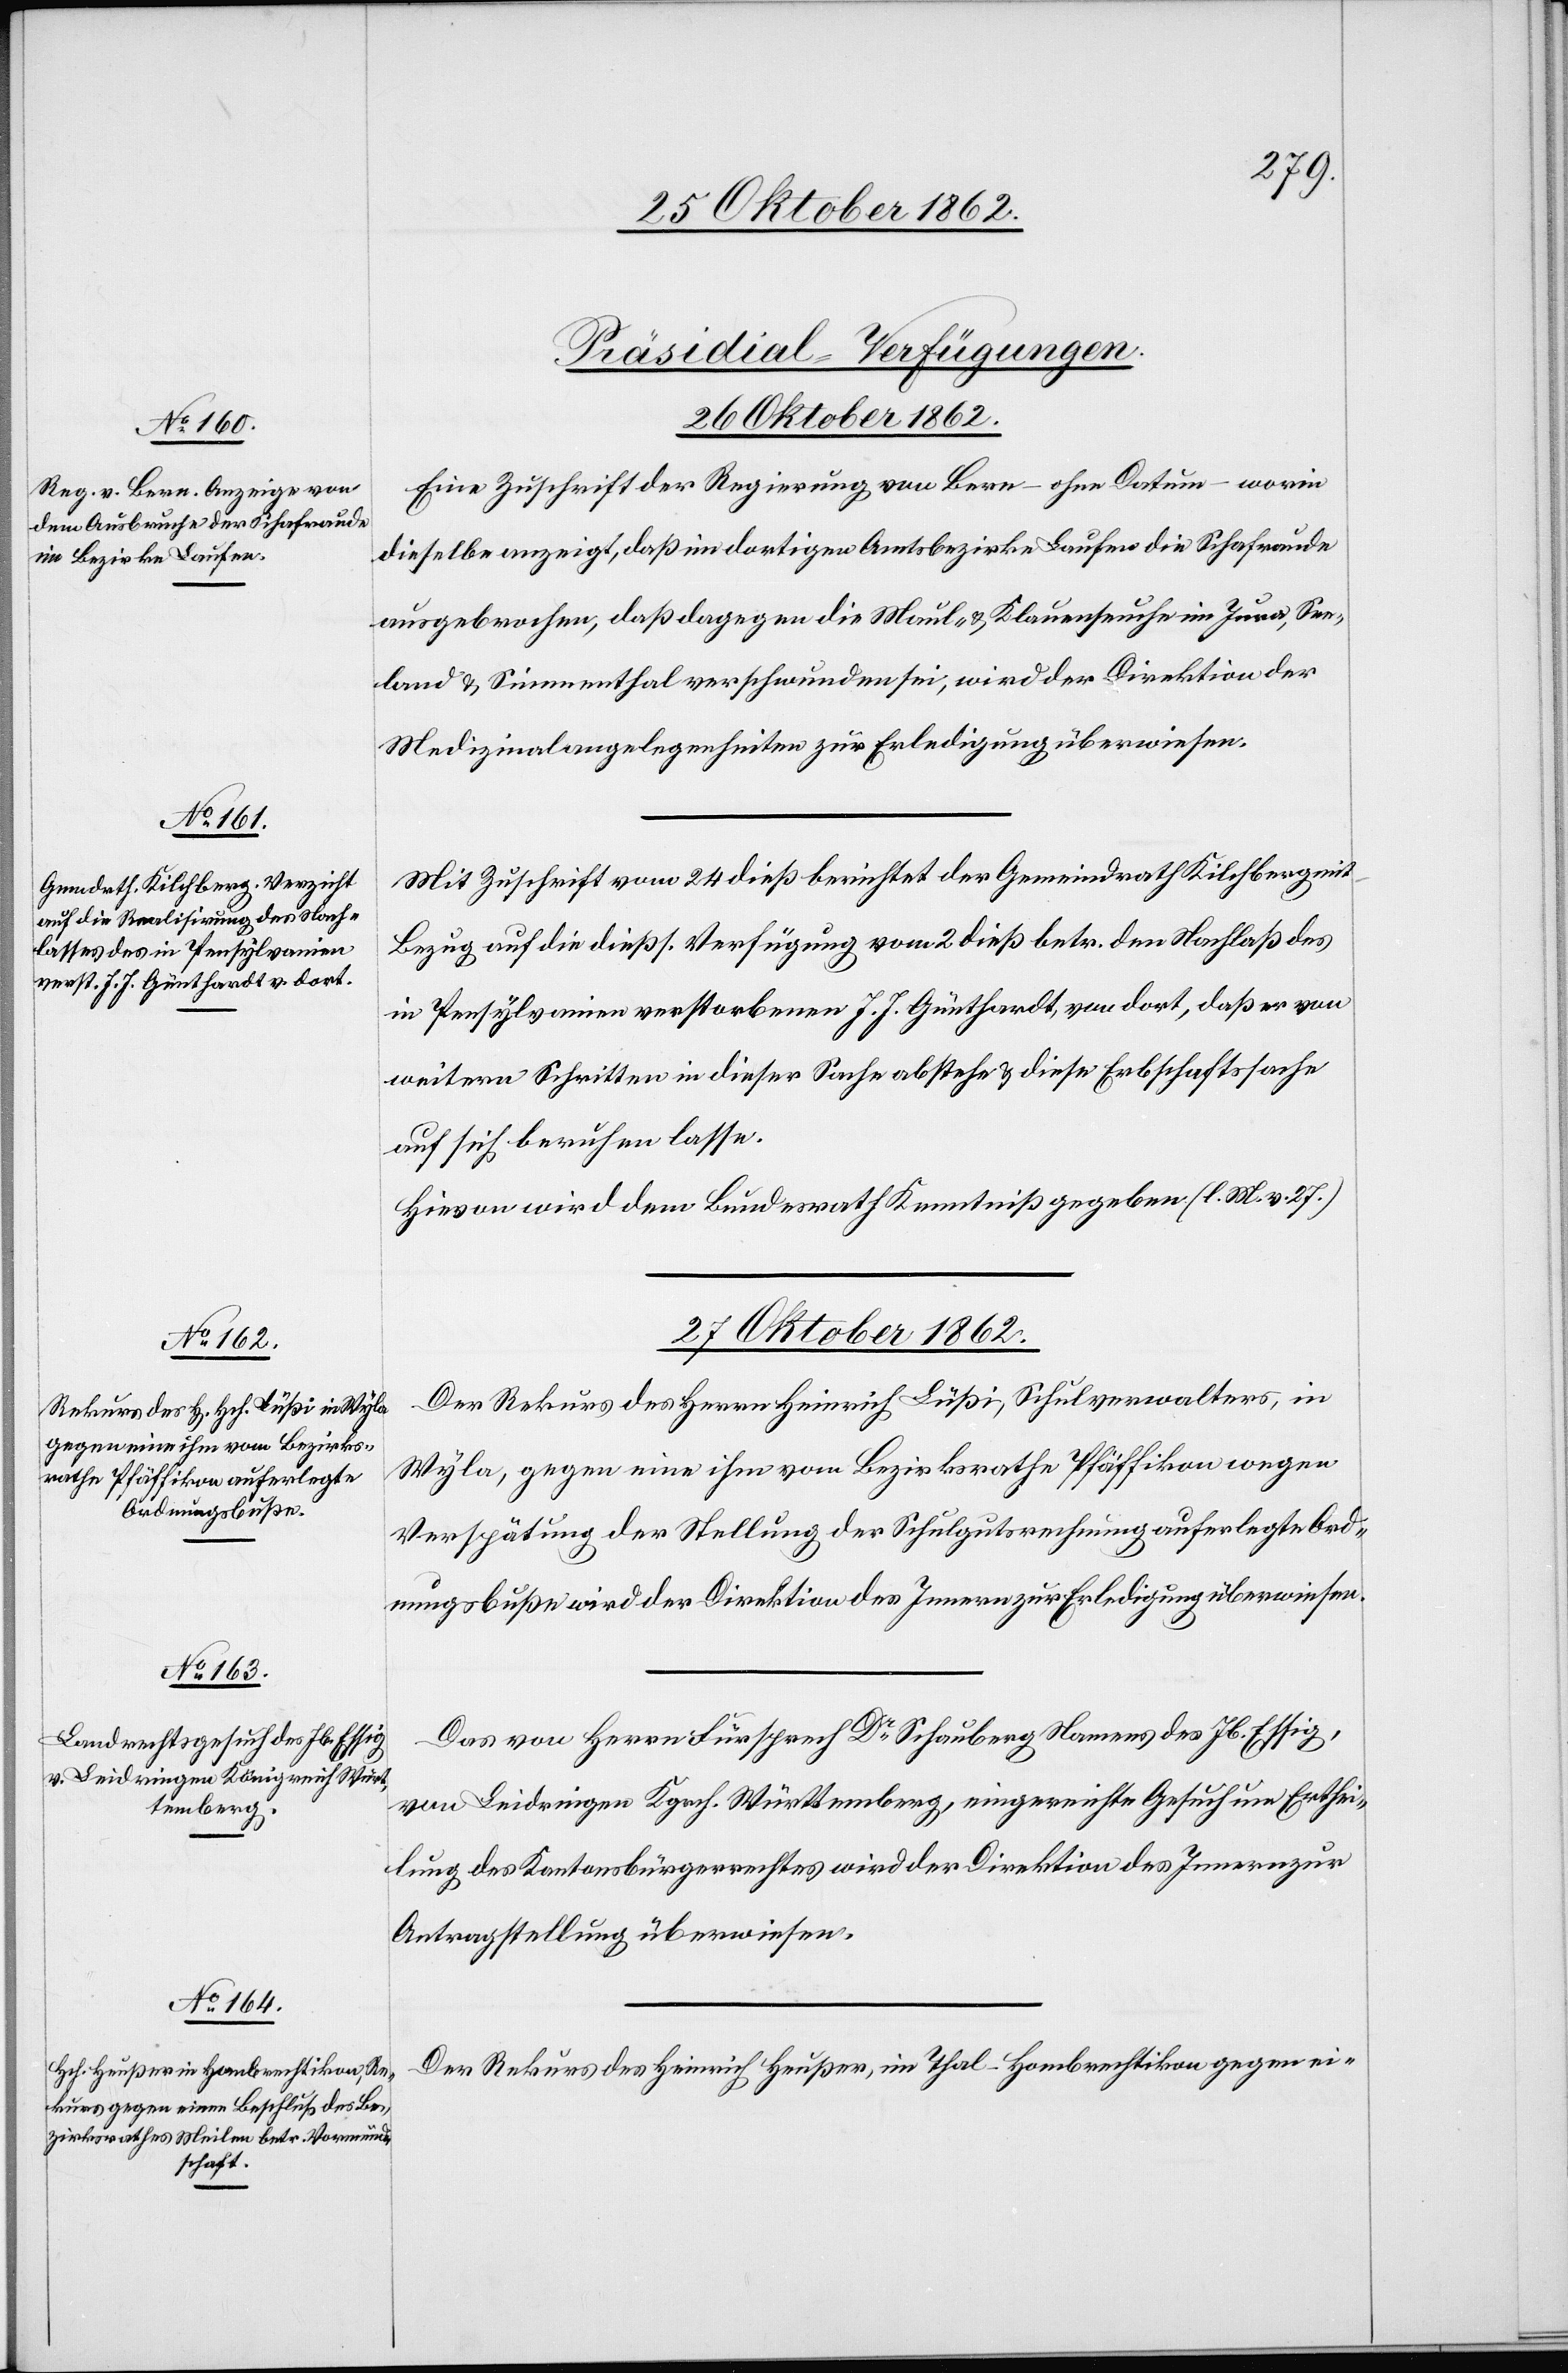
[Präsidial-Verfügungen.
26. Oktober 1862.]
Eine Zuschrift der Regierung von Bern – ohne Datum – worin
dieselbe anzeigt, daß im dortigen Amtsbezirke Laufen die Schafraude
ausgebrochen, daß dagegen die Maul- u. Klauenseuche im Jura, See¬
land u. Simmenthal verschwunden sei, wird der Direktion der
Medizinalangelegenheiten zur Erledigung überwiesen.
Mit Zuschrift vom 24. dieß berichtet der Gemeindrath Kilchberg mit
Bezug auf die dießs. Verfügung vom 2. dieß betr. den Nachlaß des
in Pensylvanien verstorbenen J. J. Günthardt, von dort, daß er von
weitern Schritten in dieser Sache abstehe u. diese Erbschaftssache
auf sich beruhen lasse.
Hievon wird dem Bundesrath Kenntniß gegeben. (l. M. v. 27.)
27. Oktober 1862.]
Der Rekurs des Herrn Heinrich Füßi, Schulverwalter, in
Wyla, gegen eine ihm vom Bezirksrathe Pfäffikon wegen
Verspätung der Stellung der Schulgutsrechnung auferlegte Ord¬
nungsbuße wird der Direktion des Innern zur Erledigung überwiesen.
Das von Herrn Fürsprech Dr Schauberg Namens des Jb. Essig,
von Leidringen Kgrch. Württemberg, eingereichte Gesuch um Erthei¬
lung des Kantonsbürgerrechtes wird der Direktion des Innern zur
Antragstellung überwiesen.
Der Rekurs des Heinrich Heußer, im Thal-Hombrechtikon gegen ei-